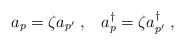
\begin{align*}a_p = \zeta a_{p'} \;,\;\;\;a_p^\dagger = \zeta a_{p'}^\dagger \;,\end{align*}